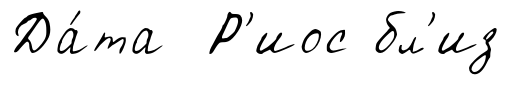
Да́та Р'иос бл'из